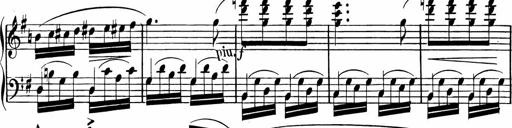
Title: Rosen ohne Dornen
Composer: Gustav Lange